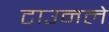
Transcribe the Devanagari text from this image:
टाउनले